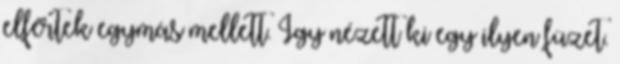
elfértek egymás mellett. Így nézett ki egy ilyen füzet.